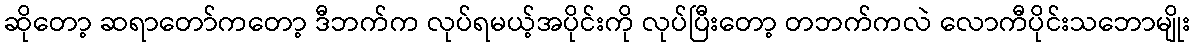
ဆိုတော့ ဆရာတော်ကတော့ ဒီဘက်က လုပ်ရမယ့်အပိုင်းကို လုပ်ပြီးတော့ တဘက်ကလဲ လောကီပိုင်းသဘောမျိုး